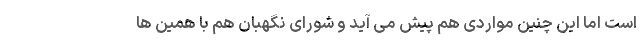
است اما این چنین مواردی هم پیش می آید و شورای نگهبان هم با همین ها